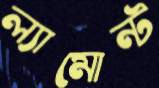
ল্যামোন্ট